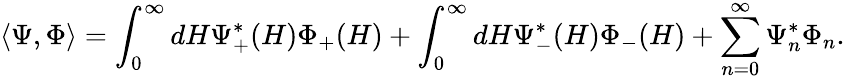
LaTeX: \langle\Psi,\Phi\rangle=\int_{0}^{\infty}dH\Psi_{+}^{*}(H)\Phi_{+}(H)+\int_{0}^{\infty}dH\Psi_{-}^{*}(H)\Phi_{-}(H)+\sum_{n=0}^{\infty}\Psi_{n}^{*}\Phi_{n}.